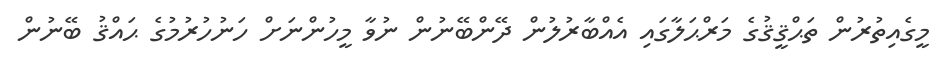
މީގެއިތުރުން ތަޙްޤީޤުގެ މަރްޙަލާގައި އެއްބާރުލުން ދޭންބޭނުން ނުވާ މީހުންނަށް ހަނުހުރުމުގެ ޙައްޤު ބޭނުން